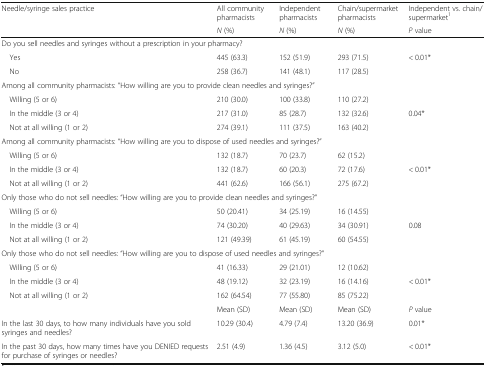
<table><thead><tr><td><b>Needle/syringe sales practice</b></td><td><b>All community pharmacists</b></td><td><b>Independent pharmacists</b></td><td><b>Chain/supermarket pharmacists</b></td><td><b>Independent vs. chain/supermarket<sup>1</sup></b></td></tr><tr><td></td><td><b><i>N</i> (%)</b></td><td><b><i>N</i> (%)</b></td><td><b><i>N</i> (%)</b></td><td><b><i>P</i> value</b></td></tr></thead><tbody><tr><td colspan="5">Do you sell needles and syringes without a prescription in your pharmacy?</td></tr><tr><td> Yes</td><td>445 (63.3)</td><td>152 (51.9)</td><td>293 (71.5)</td><td rowspan="2">&lt; 0.01*</td></tr><tr><td> No</td><td>258 (36.7)</td><td>141 (48.1)</td><td>117 (28.5)</td></tr><tr><td colspan="5">Among all community pharmacists: “How willing are you to provide clean needles and syringes?”</td></tr><tr><td> Willing (5 or 6)</td><td>210 (30.0)</td><td>100 (33.8)</td><td>110 (27.2)</td><td></td></tr><tr><td> In the middle (3 or 4)</td><td>217 (31.0)</td><td>85 (28.7)</td><td>132 (32.6)</td><td>0.04*</td></tr><tr><td> Not at all willing (1 or 2)</td><td>274 (39.1)</td><td>111 (37.5)</td><td>163 (40.2)</td><td></td></tr><tr><td colspan="5">Among all community pharmacists: “How willing are you to dispose of used needles and syringes?”</td></tr><tr><td> Willing (5 or 6)</td><td>132 (18.7)</td><td>70 (23.7)</td><td>62 (15.2)</td><td></td></tr><tr><td> In the middle (3 or 4)</td><td>132 (18.7)</td><td>60 (20.3)</td><td>72 (17.6)</td><td>&lt; 0.01*</td></tr><tr><td> Not at all willing (1 or 2)</td><td>441 (62.6)</td><td>166 (56.1)</td><td>275 (67.2)</td><td></td></tr><tr><td colspan="5">Only those who do not sell needles: “How willing are you to provide clean needles and syringes?”</td></tr><tr><td> Willing (5 or 6)</td><td>50 (20.41)</td><td>34 (25.19)</td><td>16 (14.55)</td><td></td></tr><tr><td> In the middle (3 or 4)</td><td>74 (30.20)</td><td>40 (29.63)</td><td>34 (30.91)</td><td>0.08</td></tr><tr><td> Not at all willing (1 or 2)</td><td>121 (49.39)</td><td>61 (45.19)</td><td>60 (54.55)</td><td></td></tr><tr><td colspan="5">Only those who do not sell needles: “How willing are you to dispose of used needles and syringes?”</td></tr><tr><td> Willing (5 or 6)</td><td>41 (16.33)</td><td>29 (21.01)</td><td>12 (10.62)</td><td></td></tr><tr><td> In the middle (3 or 4)</td><td>48 (19.12)</td><td>32 (23.19)</td><td>16 (14.16)</td><td>&lt; 0.01*</td></tr><tr><td> Not at all willing (1 or 2)</td><td>162 (64.54)</td><td>77 (55.80)</td><td>85 (75.22)</td><td></td></tr><tr><td></td><td>Mean (SD)</td><td>Mean (SD)</td><td>Mean (SD)</td><td><i>P</i> value</td></tr><tr><td>In the last 30 days, to how many individuals have you sold syringes and needles?</td><td>10.29 (30.4)</td><td>4.79 (7.4)</td><td>13.20 (36.9)</td><td>0.01*</td></tr><tr><td>In the past 30 days, how many times have you DENIED requests for purchase of syringes or needles?</td><td>2.51 (4.9)</td><td>1.36 (4.5)</td><td>3.12 (5.0)</td><td>&lt; 0.01*</td></tr></tbody></table>